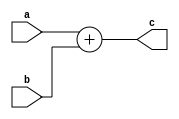
module adder_N_Bit (a,b,c);  //ignore the carry
parameter w=1;
input [w-1:0]a,b;
output [w-1:0]c;

assign {c}=a+b;
initial begin
 $monitor("a=%b, b=%b, c=%b",a,b,c);
 end
endmodule